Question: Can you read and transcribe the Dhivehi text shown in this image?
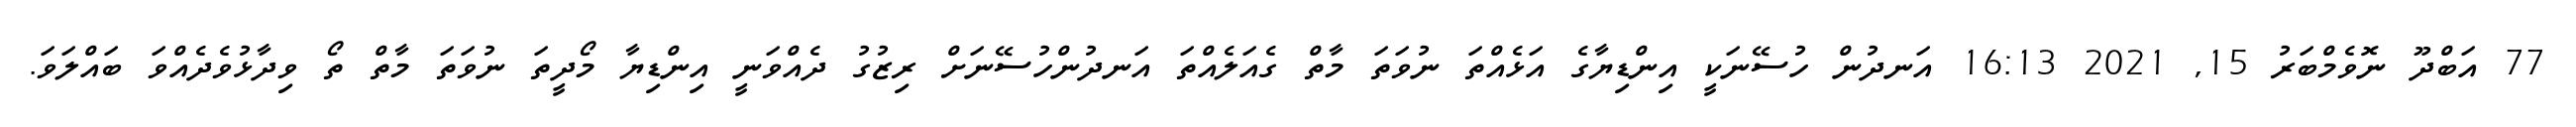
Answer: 77 އަބްދޫ ނޮވެމްބަރު 15, 2021 16:13 އަނދުން ހުސޭނަކީ އިންޑިޔާގެ އަޅެއްތަ ނުވަތަ މާތް ގެއަލެއްތަ އަނދުންހުސޭނަށް ރިޒުގު ދެއްވަނީ އިންޑިޔާ މޯދީތަ ނުވަތަ މާތް ތޯ ވިދާޅުވެދެއްވަ ބައްލަވަ.